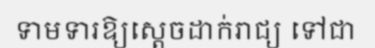
ទាមទារឱ្យស្តេចដាក់រាជ្យ ទៅជា